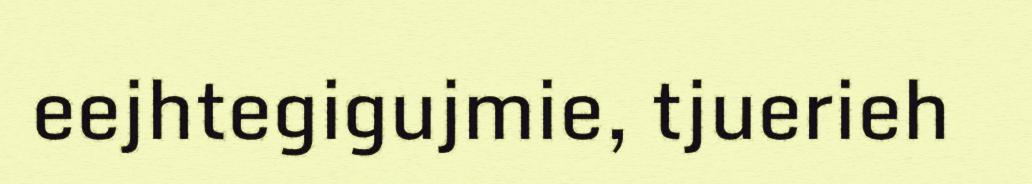
eejhtegigujmie, tjuerieh